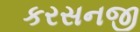
કરસનજી